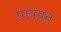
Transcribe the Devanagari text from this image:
पात्रवत